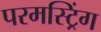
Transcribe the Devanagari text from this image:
परमस्ट्रिंग